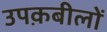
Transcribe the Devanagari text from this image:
उपक़बीलों